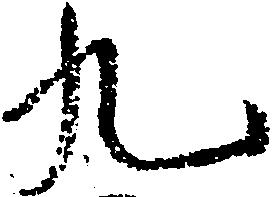
九